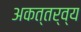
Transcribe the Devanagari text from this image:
अकत्तर्व्य